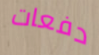
دفعات